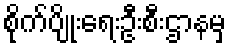
စိုက်ပျိုးရေးဦးစီးဌာနမှ